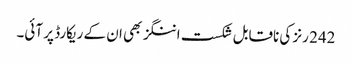
242 رنز کی ناقابل شکست اننگز بھی ان کے ریکارڈ پر آئی۔